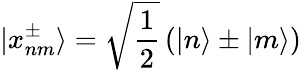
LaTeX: |x_{nm}^{\pm}\rangle=\sqrt{\frac{1}{2}}\left(|n\rangle\pm|m\rangle\right)